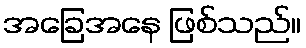
အခြေအနေ ဖြစ်သည်။